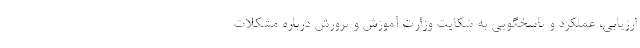
ارزیابی، عملکرد و پاسخگویی به شکایت وزارت آموزش و پرورش درباره مشکلات